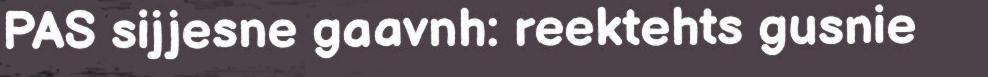
PAS sijjesne gaavnh: reektehts gusnie